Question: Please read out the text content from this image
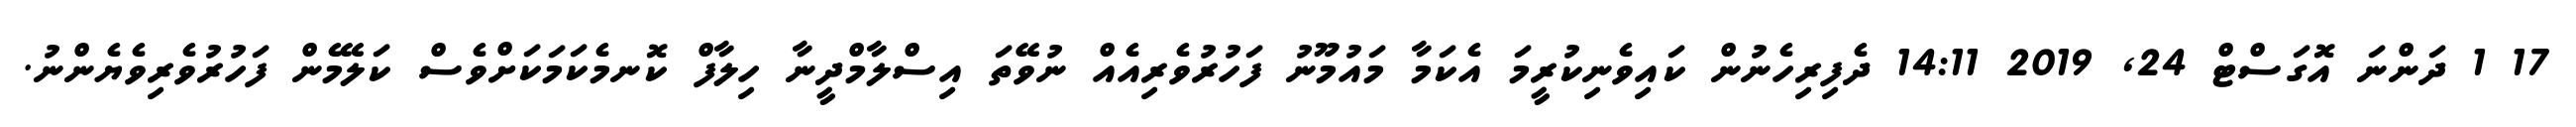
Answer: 17 1 ދަންނަ އޮގަސްޓް 24, 2019 14:11 ދެފިރިހެނުން ކައިވެނިކުރީމަ އެކަމާ މައުމޫނު ފަހުރުވެރިއެއް ނުވޭތަ އިސްލާމްދީނާ ހިލާފް ކޮނމެކަމަކަށްވެސް ކަލޭމެން ފަހުރުވެރިވެޔެންނު.